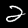
Label: 2